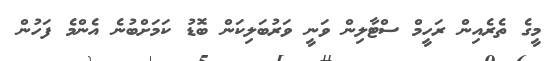
މީގެ ތެރެއިން ރަހީމް ސްޓާލިން ވަނީ ވަރުބަލިކަން ބޮޑު ކަމަށްބުނެ އެންމެ ފަހުން